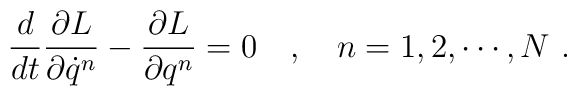
\frac{d}{dt}\frac{\partial L}{\partial\dot{q}^n}-\frac{\partial L}{\partial q^n}=0\ \ \ ,\ \ \ n=1,2,\cdots,N\ .